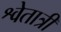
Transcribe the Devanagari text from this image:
श्वेतात्री